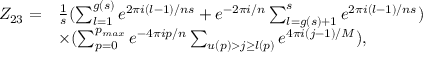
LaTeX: \begin{array} { l l } { { Z _ { 2 3 } = } } & { { \frac { 1 } { s } ( \sum _ { l = 1 } ^ { g ( s ) } e ^ { 2 \pi i ( l - 1 ) / n s } + e ^ { - 2 \pi i / n } \sum _ { l = g ( s ) + 1 } ^ { s } e ^ { 2 \pi i ( l - 1 ) / n s } ) } } \\ { { } } & { { \times ( \sum _ { p = 0 } ^ { p _ { m a x } } e ^ { - 4 \pi i p / n } \sum _ { u ( p ) > j \geq l ( p ) } e ^ { 4 \pi i ( j - 1 ) / M } ) , } } \end{array}